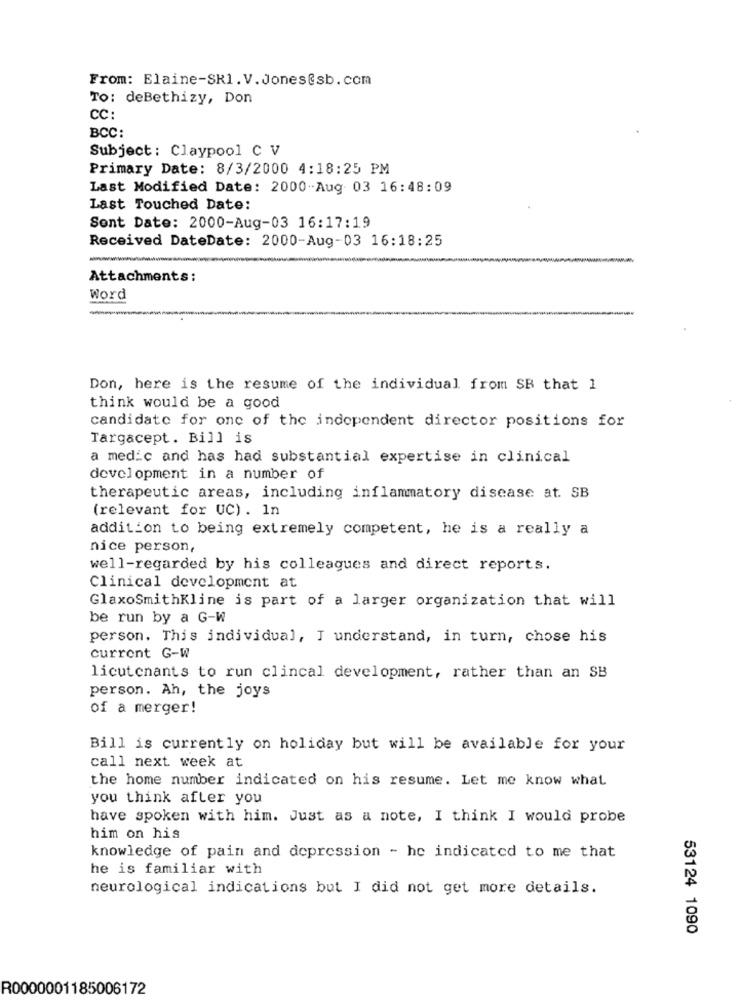
From: Elaine-SK1.V.Jones@sb.com
To: deBethizy, Don
CC:
BCC:
Subject : Claypool C V
Primary Date: 8/3/2000 4:18:25 PM
Last Modified Date: 2000-Aug 03 16:48:09
Last Touched Date:
Sont Date: 2000-Aug-03 16:17:19
Received DateDate: 2000-Aug-03 16:18:25
Attachments:
Word
Don, here is the resume of the individual from SB that 1
think would be a good
candidate for one of the independent director positions for
Targacept. Bill is
a medic and has had substantial expertise in clinical
development in a number of
therapeutic areas, including inflammatory disease at. SB
(relevant for UC). In
addition to being extremely competent, he is a really a
nice person,
well-regarded by his colleagues and direct reports.
Clinical development at
GlaxoSmithKline is part of a larger organization that will
be run by a G-W
person. This individual, I understand, in turn, chose his
current G-W
licutenants to run clincal development, rather than an SB
person. Ah, the joys
of a merger!
Bill is currently on holiday but will be available for your
call next week at
the home number indicated on his resume. Let me know what
you think after you
have spoken with him. Just as a note, I think I would probe
him on his
knowledge of pain and depression - he indicated to me that
he is familiar with
neurological indications but I did not get more details.
53124 1090
R0000001185006172